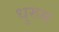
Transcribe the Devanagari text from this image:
धुरुम